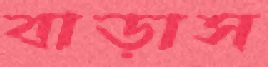
বাড়াস